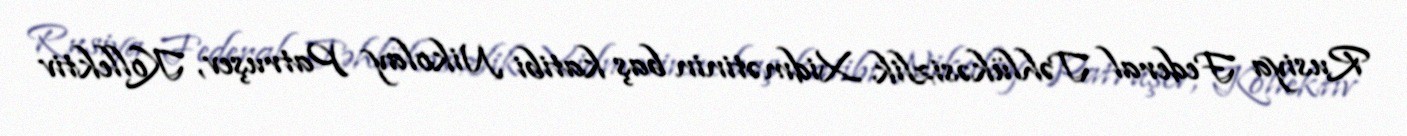
Rusiya Federal Təhlükəsizlik Xidmətinin baş katibi Nikolay Patruşev, Kollektiv